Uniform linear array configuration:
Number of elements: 8
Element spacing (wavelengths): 1
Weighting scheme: kaiser
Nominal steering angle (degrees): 60
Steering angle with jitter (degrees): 59.1
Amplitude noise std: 0.05
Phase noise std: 0.05

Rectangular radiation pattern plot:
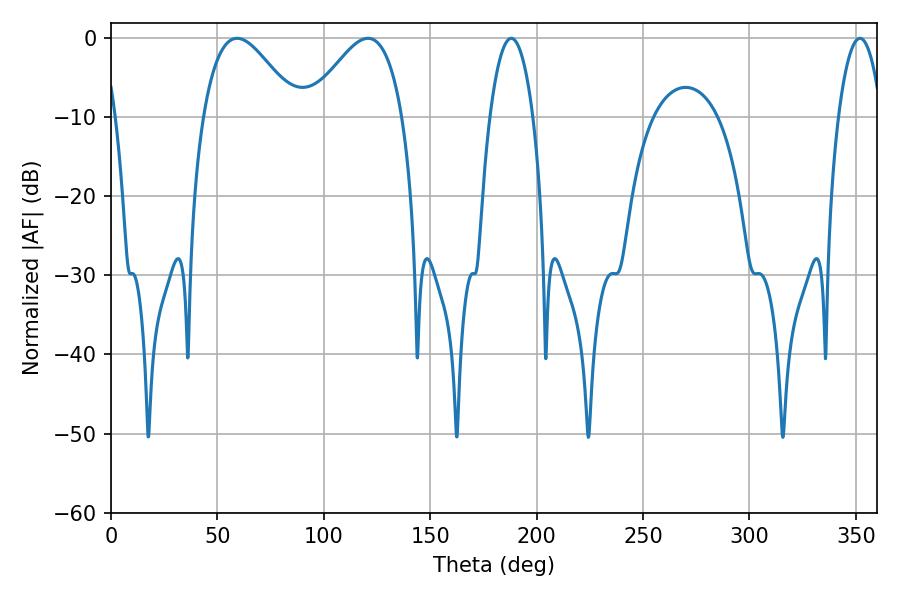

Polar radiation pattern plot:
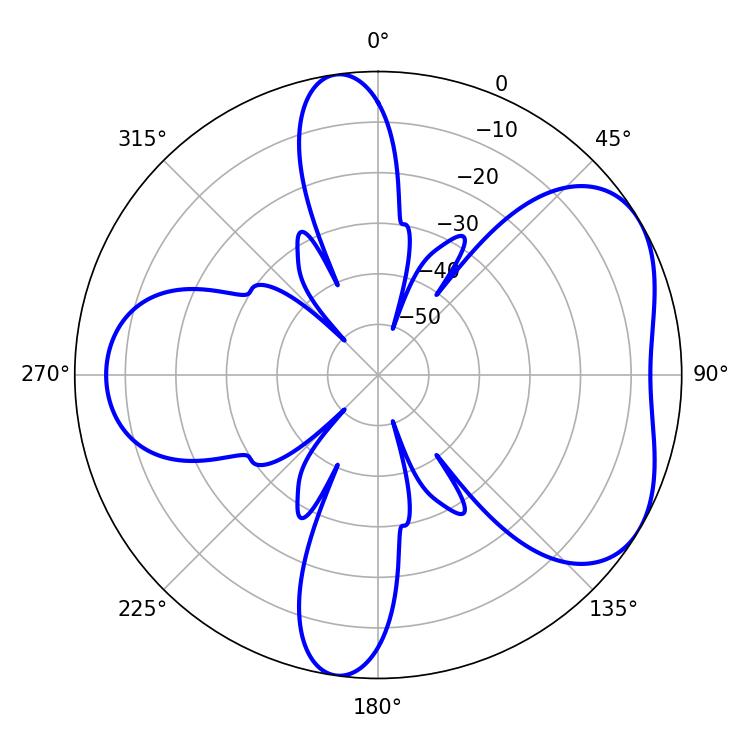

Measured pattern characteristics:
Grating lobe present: TRUE
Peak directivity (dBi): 4.958
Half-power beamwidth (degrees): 23.76
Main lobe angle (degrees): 59.22